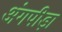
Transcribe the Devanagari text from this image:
अंगपीड़ा